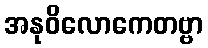
အနုဝိလောကေတဗ္ဗာ